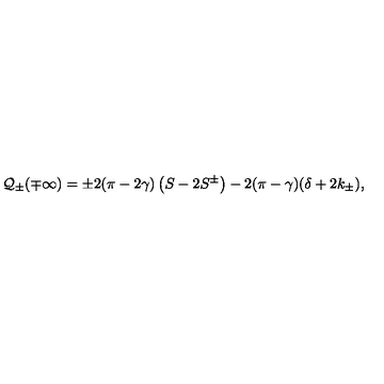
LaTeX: { \cal Q } _ { \pm } ( \mp \infty ) = \pm 2 ( \pi - 2 \gamma ) \left( S - 2 S ^ { \pm } \right) - 2 ( \pi - \gamma ) ( \delta + 2 k _ { \pm } ) ,